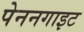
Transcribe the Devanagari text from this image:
पेननगाइट